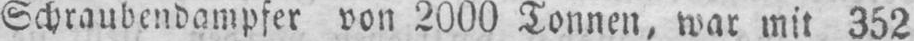
Schraubendampfer von 2000 Tonnen, war mit 352